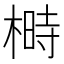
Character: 榯